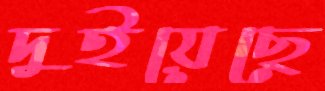
দুইয়েছে